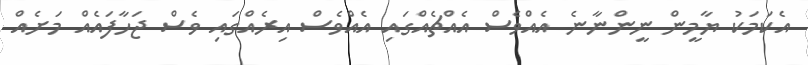
އެކަމަކު ޔާމީން ނީންނާނެ އެއްވެސް އެއްޗެއްގައި އެއްވެސް އިރެއްގައި ވެސް ޖަހާފައެއް މަށެއް